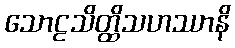
သောဠသိတ္ထိသဟဿာနိ